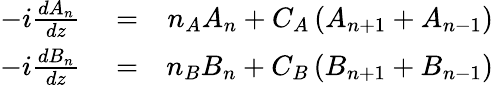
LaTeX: \begin{array}{rlr}{-i\frac{dA_{n}}{dz}}&{{}=}&{n_{A}A_{n}+C_{A}\left(A_{n+1}+A_{n-1}\right)}\\ {-i\frac{dB_{n}}{dz}}&{{}=}&{n_{B}B_{n}+C_{B}\left(B_{n+1}+B_{n-1}\right)}\end{array}